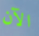
الآن